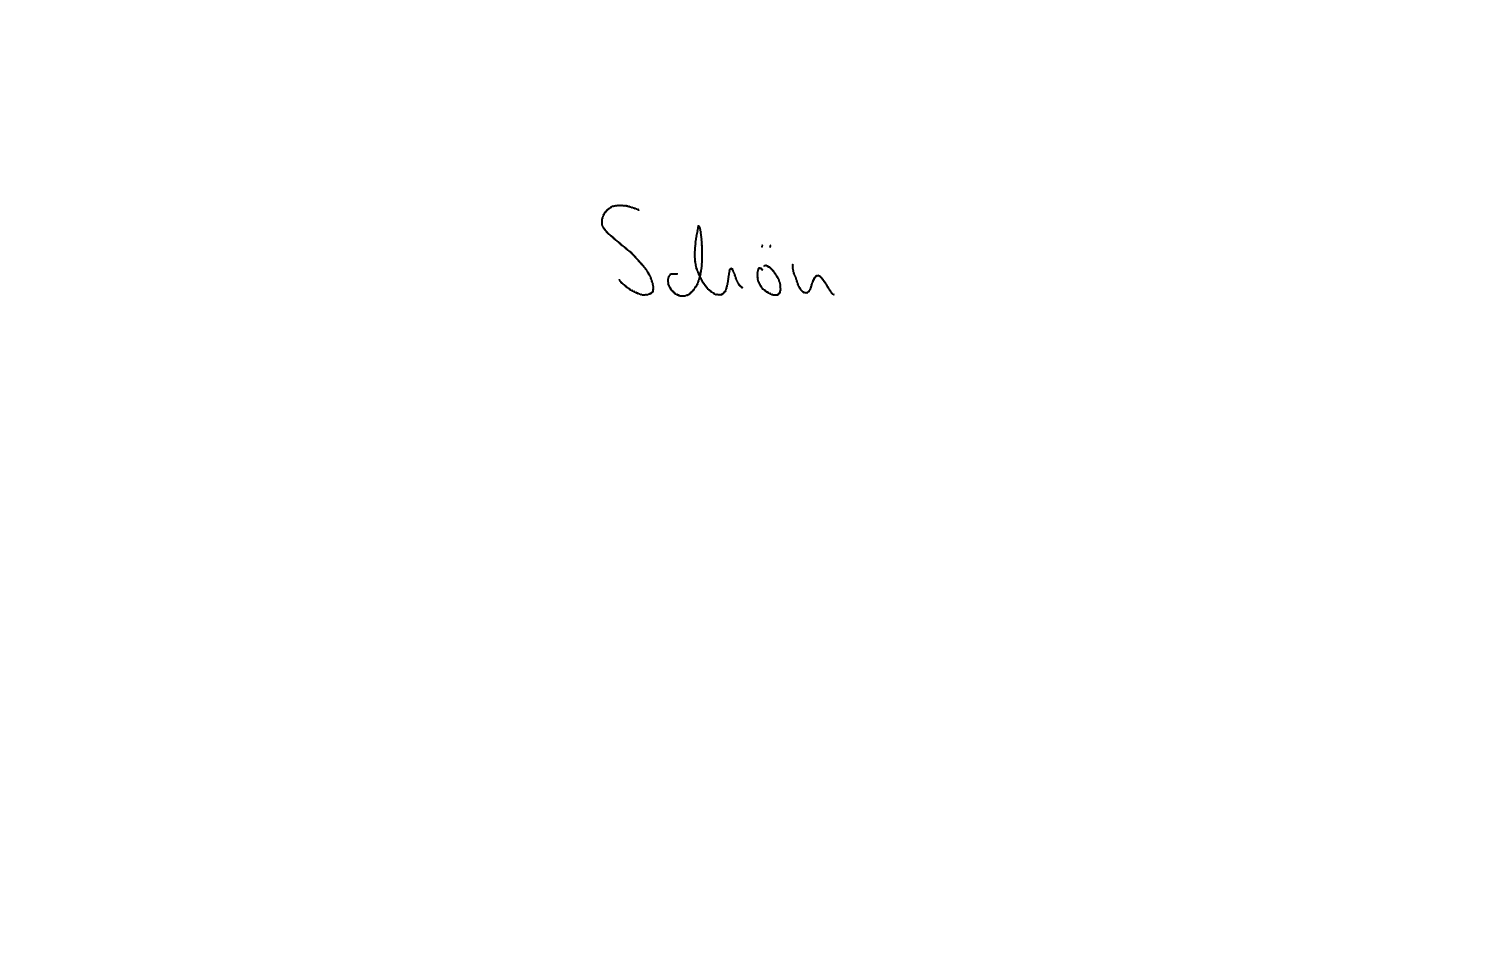
Text: Schön